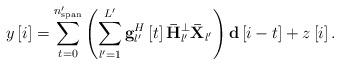
LaTeX: \begin{align*} y\left[ i \right] = \sum\limits_{t = 0}^{{n'_{{\rm{span}}}}} {\left( {\sum\limits_{l' = 1}^{L'} {{\bf{g}}_{l'}^H\left[ t \right]{{\bf{\bar H}}_{l'}^ \bot {\bf{\bar X}}_{l'} }} } \right){{\bf{d}}\left[ {i - t } \right]}}+ z\left[ {i} \right]. \end{align*}